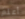
أعلم